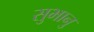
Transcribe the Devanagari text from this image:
सुभानु